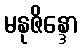
မနုဇိန္ဒော